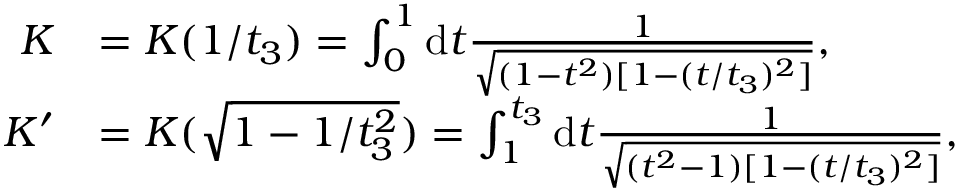
\begin{array} { r l } { K } & { = K ( 1 / t _ { 3 } ) = \int _ { 0 } ^ { 1 } \mathrm { d } t \frac { 1 } { \sqrt { ( 1 - t ^ { 2 } ) [ 1 - ( t / t _ { 3 } ) ^ { 2 } ] } } , } \\ { K ^ { \prime } } & { = K ( \sqrt { 1 - 1 / t _ { 3 } ^ { 2 } } ) = \int _ { 1 } ^ { t _ { 3 } } \mathrm { d } t \frac { 1 } { \sqrt { ( t ^ { 2 } - 1 ) [ 1 - ( t / t _ { 3 } ) ^ { 2 } ] } } , } \end{array}